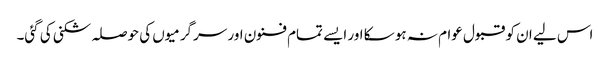
اس لیے ان کو قبول عوام نہ ہو سکا اور ایسے تمام فنون اور سرگرمیوں کی حوصلہ شکنی کی گئی۔